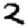
Digit: 2